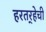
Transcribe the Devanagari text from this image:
हरतर्‍हेची